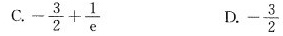
C.-\frac{3}{2}+\frac{1}{e} D.-\frac{3}{2}